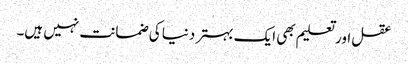
عقل اور تعلیم بھی ایک بہتر دنیا کی ضمانت نہیں ہیں۔